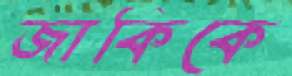
জাকিকে